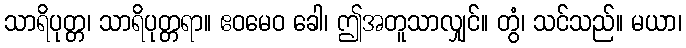
သာရိပုတ္တ၊ သာရိပုတ္တရာ။ ဧဝမေဝ ခေါ၊ ဤအတူသာလျှင်။ တွံ၊ သင်သည်။ မယာ၊